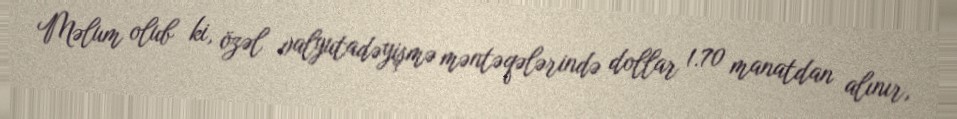
Məlum olub ki, özəl valyutadəyişmə məntəqələrində dollar 1.70 manatdan alınır,